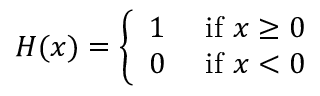
H ( x ) = { \left\{ \begin{array} { l l } { 1 } & { { \mathrm { ~ i f ~ } } x \geq 0 } \\ { 0 } & { { \mathrm { ~ i f ~ } } x < 0 } \end{array} \right. }